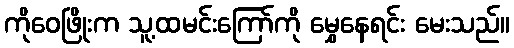
ကိုဝေဖြိုးက သူ့ထမင်းကြော်ကို မွှေနေရင်း မေးသည်။